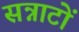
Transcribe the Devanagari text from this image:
सन्नाटों